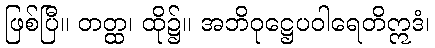
ဖြစ်ပြီ။ တတ္ထ၊ ထို၌။ အဘိဝုဋ္ဌေပဝါရေတိဣဒံ၊